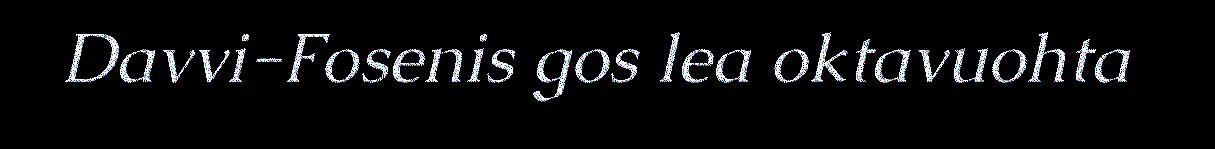
Davvi-Fosenis gos lea oktavuohta